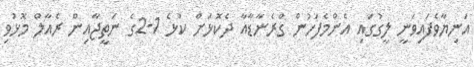
އަނިޔާވެފައިވަނީ ލީގުގައި އެންމެފަހުން ގްރެނާޑާއާ ދެކޮޅަށް ކުޅެ 1-2ގެ ނަތީޖާއިން ރެއާލް މޮޅުވި